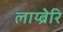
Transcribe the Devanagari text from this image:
लाय्ब्रेरि